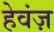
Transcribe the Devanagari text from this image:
हेवंज़